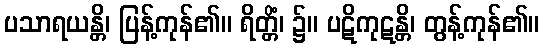
ပသာရယန္တိ၊ ပြန့်ကုန်၏။ ရိတ္တိံ၊ ၌။ ပဋိကုဋန္တိ၊ တွန့်ကုန်၏။